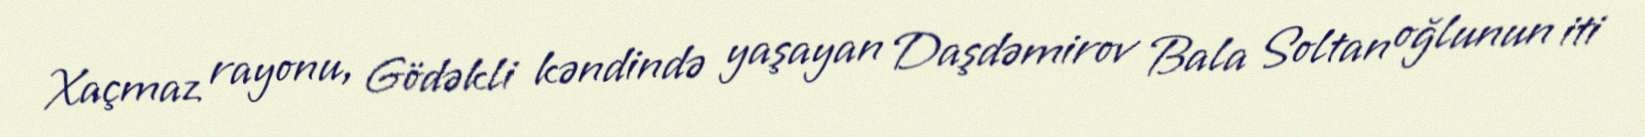
Xaçmaz rayonu, Gödəkli kəndində yaşayan Daşdəmirov Bala Soltan oğlunun iti